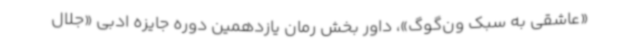
«عاشقی به سبک ون‌گوگ»، داور بخش رمان یازدهمین دوره جایزه ادبی «جلال